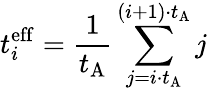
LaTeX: t_{i}^{\mathrm{eff}}=\frac{1}{t_{\mathrm{A}}}\sum_{j=i\cdot t_{\mathrm{A}}}^{(i+1)\cdot t_{\mathrm{A}}}j